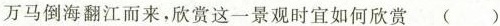
万马倒海翻江而来，欣赏这一景观时宜如何欣赏 ( )